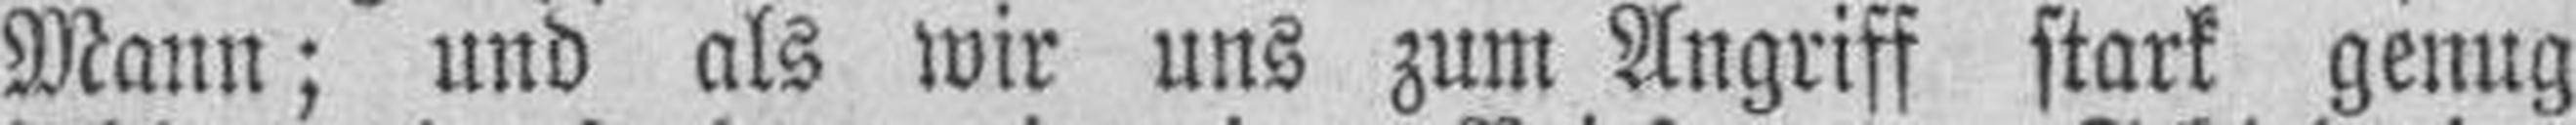
Mann; und als wir uns zum Angriff stark genug